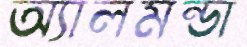
অ্যালমন্ডা